Annual report on the Civil Veterinary Department, Burma (including the Insein Veterinary School) - 1910-1922
Year: 1910
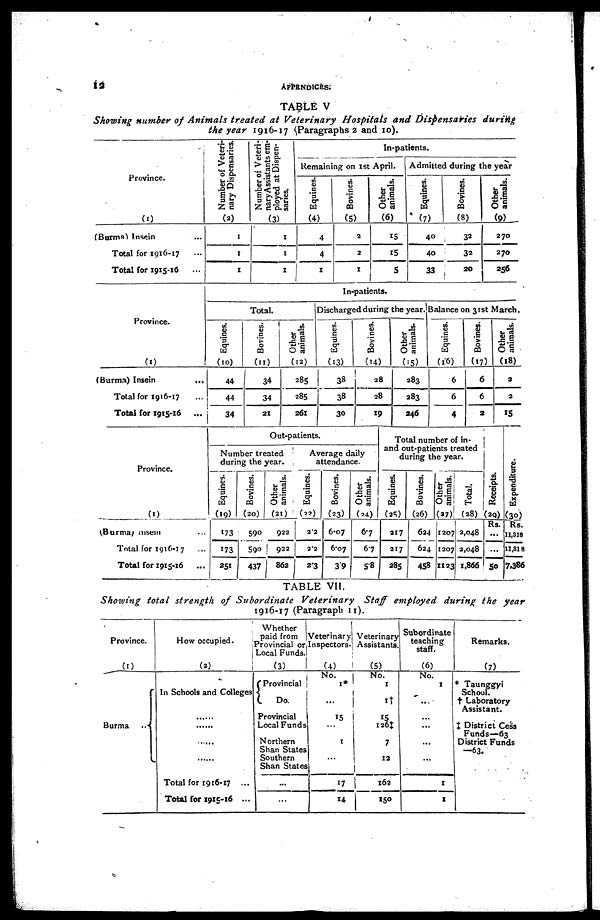
12
APPENDICES:
TABLE V
Showing number of Animals treated at Veterinary Hospitals and Dispensaries during
the year 1916-17 Paragraphs 2 and 10).
Province.
(1)
(Burma) Insein ...
Total for 1916-17 ...
Total for 1915-16 ...
Number of Veteri-
nary Dispensaries.
(2)
1
1
1
Number of Veteri-
nary Assistants em-
ployed at Dispen-
saries.
(3)
1
1
1
In-patients.
Remaining on 1st April.
Equines.
(4)
4
4
1
Bovines.
(5)
2
2
1
Other
animals.
(6)
15
15
5
Admitted during the year
Equines.
(7)
40
40
33
Bovines.
(8)
32
32
20
Other
animals.
(9)
270
270
256
Province.
(1)
(Burma) Insein
...
Total for 1916-17 ...
Total for 1915-16 ...
In-
patients.
Total.
Equines.
(10)
44
44
34
Bovines.
(11)
34
34
21
Other
animals.
(12)
285
285
261
Discharged during the year.
Equines.
(13)
38
38
30
Bovines.
(14)
28
28
19
Other
animals.
(15)
283
283
246
Balance on 31st March.
Equines.
(16)
6
6
4
Bovines.
(17)
6
6
2
Other
animals.
(18)
2
2
15
Province.
(1)
(Burma) insein ...
Total for 1916-17 ...
Total for 1915-16 ...
Out-patients.
Number treated
during the year.
Equines.
(19)
173
173
251
Bovines.
(20)
590
590
437
Other
animals.
(21)
922
922
862
Average daily
attendance.
Equines.
(22)
212
212
2.3
Bovines.
(23)
6.07
6.07
39
Other
animals.
(24)
67
67
5.8
Total number of in-
and out-patients treated
during the year.
Equines.
(25)
217
217
285
Bovines.
(26)
624
624
458
Other
animals.
(27)
1207
1207
1123
Total.
(28)
2,048
2,048
1,866
Recei pt s .
(29)
Rs.
...
...
50
Expenditure.
(30)
Rs.
11,318
11,318
7,386
TABLE VII.
Showing total strength of Subordinate Veterinary Staff employed during the year
1916-17 (Paragraph 11).
Province.
(1)
Burma...
How occupied.
(2)
In Schools and Colleges
.....
.....
.....
.....
Total for 1916-17 ...
Total for 1915-16 ...
Whether
paid from
Provincial or
Local Funds.
(3)
( Provincial
Do.
Provincial
Local Funds
Northern
Shan States
Southern
Shan States
...
...
Veterinary
Inspectors.
(4)
No.
1*
...
15
...
1
...
17
14
Veterinary
Assistants.
(5)
No.
1
1†
15
126‡
7
12
l62
150
Subordinate
teaching
staff.
(6)
No.
1
...
...
...
...
...
1
1
Remarks.
(7)
* Taunggyi
School.
† Laboratory
Assistant.
X District Cess
Funds—63
District Funds
—63.